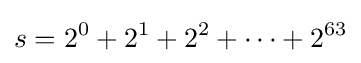
s=2^{0}+2^{1}+2^{2}+\cdots +2^{63}